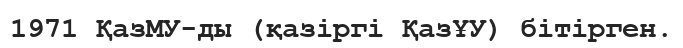
1971 ҚазМУ-ды (қазіргі ҚазҰУ) бітірген.